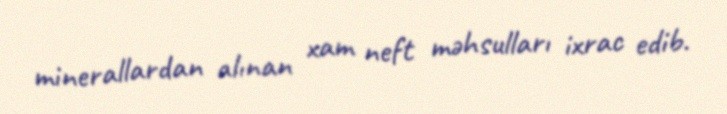
minerallardan alınan xam neft məhsulları ixrac edib.